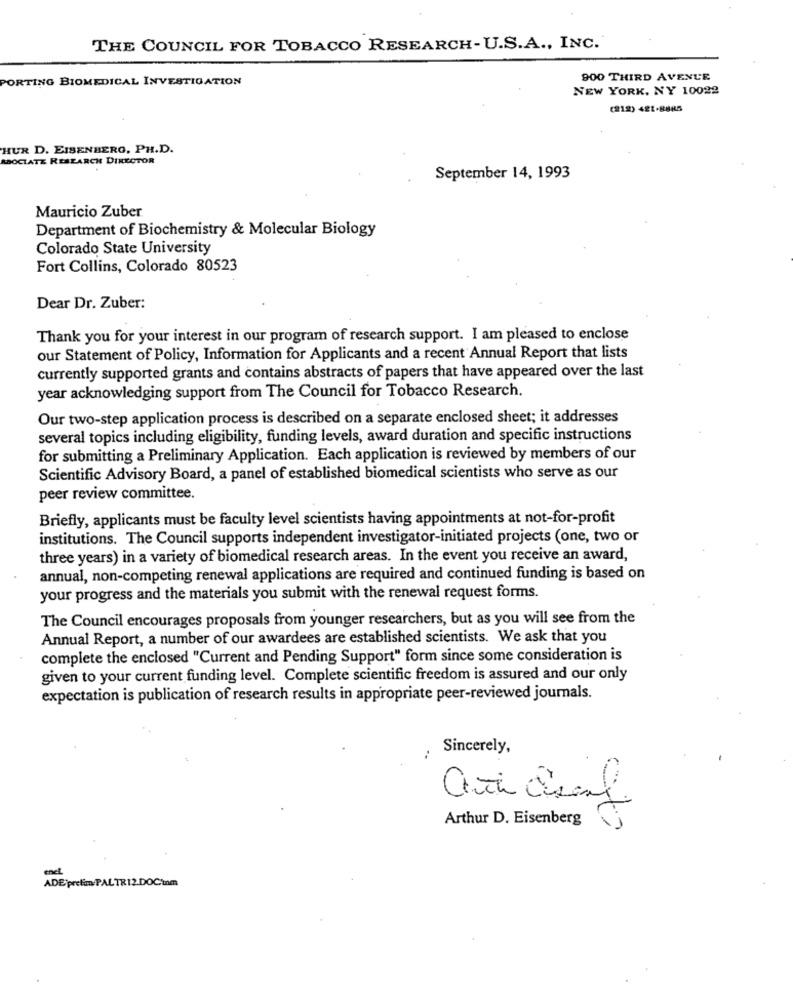
THE COUNCIL FOR TOBACCO RESEARCH-U.S.A ., INC.
TING BIOMEDICAL INVESTIGATION
900 THIRD AVENUE
NEW YORK, NY 10022
(212) 421-8885
HUR D. EISENBERG, PH.D.
ASOCIATZ RESEARCH DIRECTOR
September 14, 1993
Mauricio Zuber
Department of Biochemistry & Molecular Biology
Colorado State University
Fort Collins, Colorado 80523
Dear Dr. Zuber:
Thank you for your interest in our program of research support. I am pleased to enclose
our Statement of Policy, Information for Applicants and a recent Annual Report that lists
currently supported grants and contains abstracts of papers that have appeared over the last
year acknowledging support from The Council for Tobacco Research.
Our two-step application process is described on a separate enclosed sheet; it addresses
several topics including eligibility, funding levels, award duration and specific instructions
for submitting a Preliminary Application. Each application is reviewed by members of our
Scientific Advisory Board, a panel of established biomedical scientists who serve as our
peer review committee.
Briefly, applicants must be faculty level scientists having appointments at not-for-profit
institutions. The Council supports independent investigator-initiated projects (one, two or
three years) in a variety of biomedical research areas. In the event you receive an award,
annual, non-competing renewal applications are required and continued funding is based on
your progress and the materials you submit with the renewal request forms.
The Council encourages proposals from younger researchers, but as you will see from the
Annual Report, a number of our awardees are established scientists. We ask that you
complete the enclosed "Current and Pending Support" form since some consideration is
given to your current funding level. Complete scientific freedom is assured and our only
expectation is publication of research results in appropriate peer-reviewed journals.
Sincerely,
Arthur D. Eisenberg
ADE prefim/PALTR12.DOCum